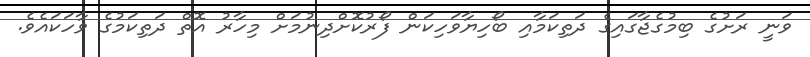
ވަނީ ރަށުގެ ބިމުގެޖާގައިގެ ދަތިކަމާއި ބޯހިޔާވަހިކަން ފޯރުކޮށްދިނުމަށް މިހާރު އޮތް ދަތިކަމުގެ ވާހަކައެވެ.